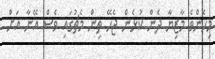
މިހެންވެ މާޒިޔާ ދެން ކުޅެން ޖެހޭ ތިން މެޗުގައި ވެސް އޭނާ އަށް